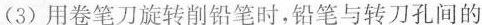
(3)用卷笔刀旋转削铅笔时，铅笔与转刀孔间的